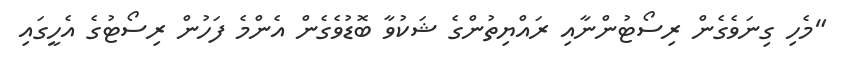
"މެހި ގިނަވެގެން ރިސޯޓުންނާއި ރައްޔިތުންގެ ޝަކުވާ ބޮޑުވެގެން އެންމެ ފަހުން ރިސޯޓުގެ އެހީގައި